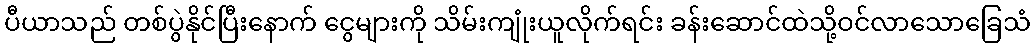
ပီယာသည် တစ်ပွဲနိုင်ပြီးနောက် ငွေများကို သိမ်းကျုံးယူလိုက်ရင်း ခန်းဆောင်ထဲသို့ဝင်လာသောခြေသံ